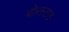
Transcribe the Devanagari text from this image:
बोरस्टल